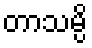
တာသမ္ပိ